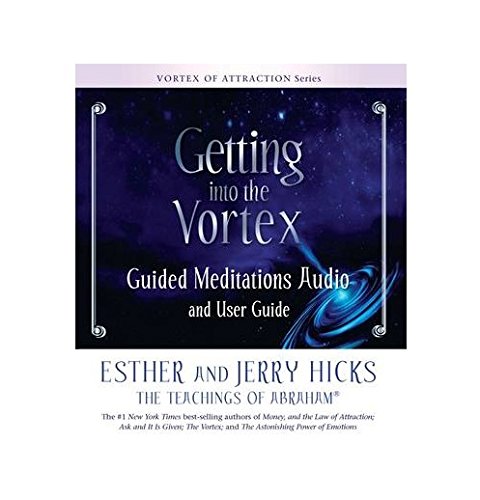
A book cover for Getting Into The Vortex: Guided Meditations CD and User Guide; Esther Hicks; Religion & Spirituality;